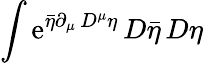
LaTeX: \int\mathrm{e}^{{\bar{{\eta}}}\partial_{\mu}\, D^{\mu}\eta}\, D{\bar{{\eta}}}\, D\eta